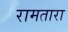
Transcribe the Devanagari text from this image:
रामतारा